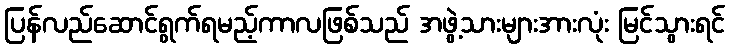
ပြန်လည်ဆောင်ရွက်ရမည့်ကာလဖြစ်သည် အဖွဲ့သားများအားလုံး မြင်သွားရင်